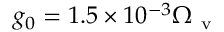
g _ { 0 } = 1 . 5 \times 1 0 ^ { - 3 } \Omega _ { \mathrm { ~ v ~ } }